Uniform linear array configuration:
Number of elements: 8
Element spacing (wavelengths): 1
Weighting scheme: hamming
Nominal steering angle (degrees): -30
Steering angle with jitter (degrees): -28.666
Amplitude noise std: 0.05
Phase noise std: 0.05

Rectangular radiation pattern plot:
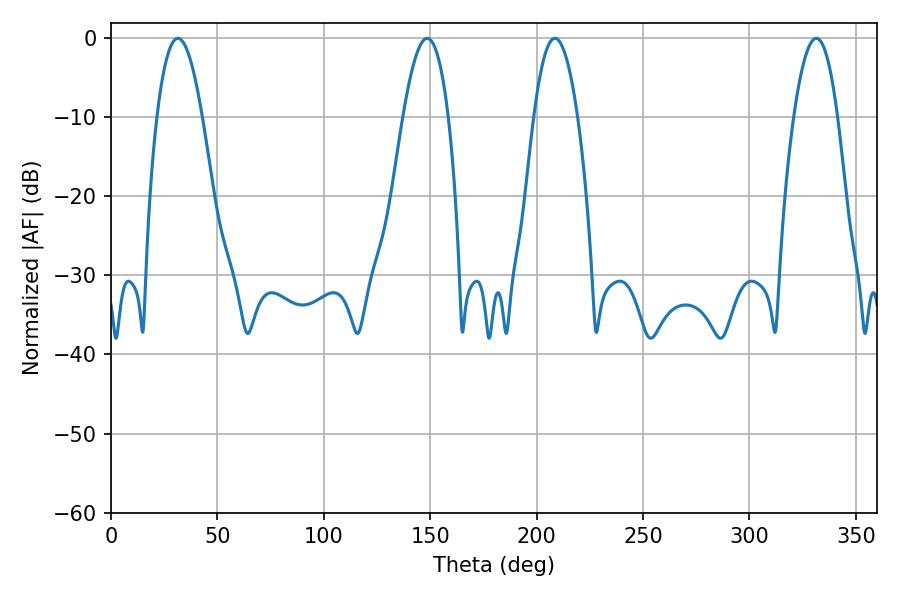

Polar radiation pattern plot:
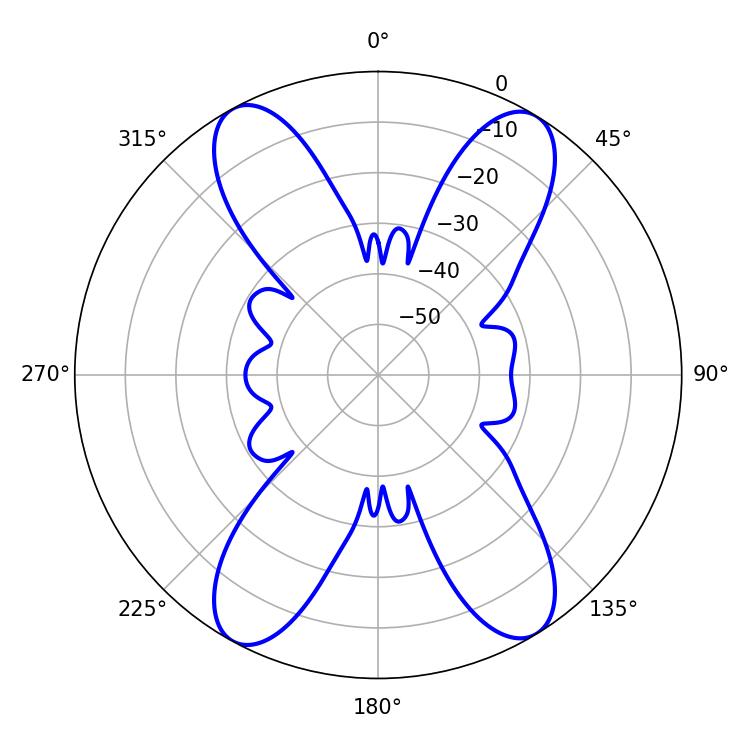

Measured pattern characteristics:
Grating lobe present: TRUE
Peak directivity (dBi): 18.539
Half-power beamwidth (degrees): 11.34
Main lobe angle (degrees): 208.62